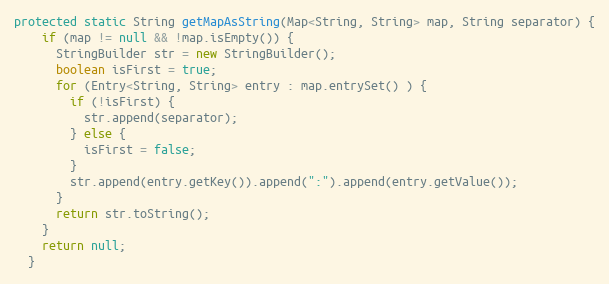
Language: Java
protected static String getMapAsString(Map<String, String> map, String separator) {
    if (map != null && !map.isEmpty()) {
      StringBuilder str = new StringBuilder();
      boolean isFirst = true;
      for (Entry<String, String> entry : map.entrySet() ) {
        if (!isFirst) {
          str.append(separator);
        } else {
          isFirst = false;
        }
        str.append(entry.getKey()).append(":").append(entry.getValue());
      }
      return str.toString();
    }
    return null;
  }